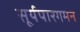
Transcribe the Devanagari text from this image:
सूर्यपारगमन